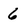
Character: 6